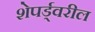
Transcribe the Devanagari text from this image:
शेपर्ड्वरील